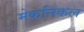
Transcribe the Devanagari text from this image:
मेकनिकल